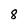
Character: 8